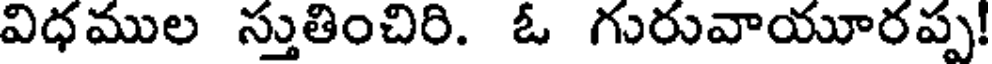
విధముల స్తుతించిరి. ఓ గురువాయూరప్ప!